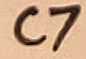
Text: C7